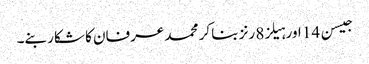
جیسن 14 اور ہیلز8 رنز بنا کر محمد عرفان کا شکار بنے۔